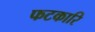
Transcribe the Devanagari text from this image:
फटकारि